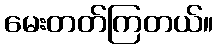
မေးတတ်ကြတယ်။